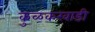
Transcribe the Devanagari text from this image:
कुळकरवाडी